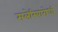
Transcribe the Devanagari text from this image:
मलेरियारोधी